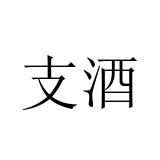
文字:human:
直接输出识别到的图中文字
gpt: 支酒